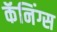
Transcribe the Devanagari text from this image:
कॅनिंग्स